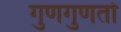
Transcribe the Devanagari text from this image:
गुणगुणतो